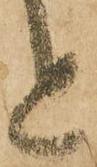
と